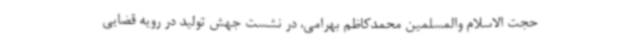
حجت الاسلام والمسلمین محمدکاظم بهرامی، در نشست جهش تولید در رویه قضایی